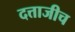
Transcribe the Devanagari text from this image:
दत्ताजीच